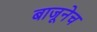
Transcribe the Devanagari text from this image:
बाजूनेच